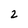
Character: 2